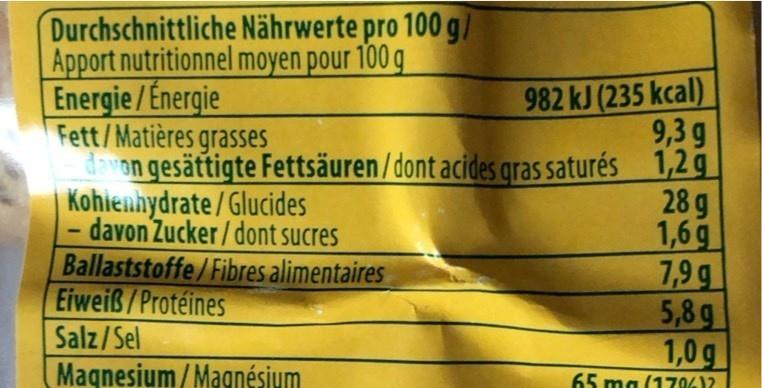
Durchschnittliche Nährwerte pro 100 g/ Apport nutritionnel moyen pour 100 g Energie/Energie Fett/Matières grasses dvon gesättiqte Fettsäuren/dont acides gras saturés 1,2 g Kohienhydrate /Glucides davon Zucker/ dont sucres Ballaststoffe/Fibres alimentaires
982 kJ (235 kcal) 9,3 g
28 g 1,6g 7,9g 5,8g 1,0 g
Eiweiß/Protéines
Salz/Sel Maqnesium/ Magnésiym
65 ma (170%)?